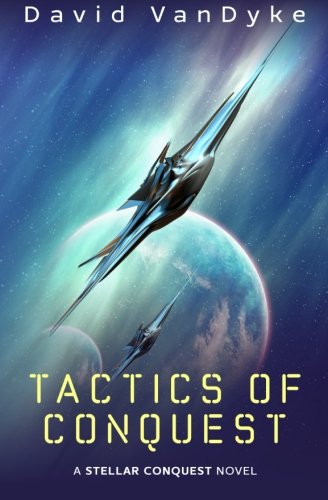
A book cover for Tactics of Conquest (Stellar Conquest) (Volume 3); David VanDyke; Science Fiction & Fantasy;